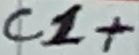
Text: C1+